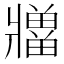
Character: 𪺡